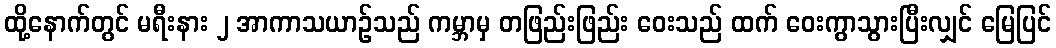
ထို့နောက်တွင် မရီးနား ၂ အာကာသယာဉ်သည် ကမ္ဘာမှ တဖြည်းဖြည်း ဝေးသည် ထက် ဝေးကွာသွားပြီးလျှင် မြေပြင်